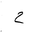
Letter: _ha